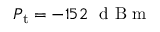
P _ { \mathrm { t } } = - 1 5 2 \ \mathrm { ~ d ~ B ~ m ~ }